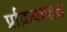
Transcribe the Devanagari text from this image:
प्रक्रियापाद